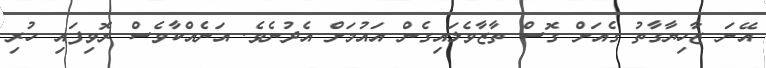
އޭނަ ޒާހިޔާގާތު ގެއަށް ގޮސް ތާޒާވެލައިގެން އައުމަށް އެދުނެވެ. އަނެއްކާވެސް ރޮވިފައި ހުރި